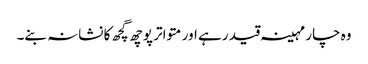
وہ چار مہینہ قید رہے اور متواتر پوچھ گچھ کا نشانہ بنے۔